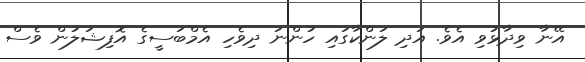
އޭނާ ވިދާޅުވި އެވެ. އަދި ލަންކާގައި ހުންނަ ދިވެހި އެމްބަސީގެ އޮފިޝަލުން ވެސް